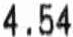
4.54